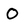
Character: O